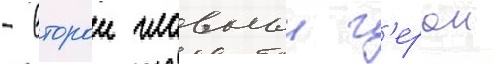
- второи главныи г'ерои